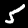
Label: 5